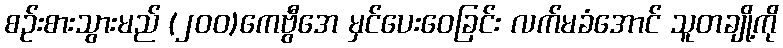
စဉ်းစားသွားမည် (၂၀၀)ကေဗွီအေ မှင်ပေးဝေခြင်း လက်မခံအောင် သူတချို့ကို